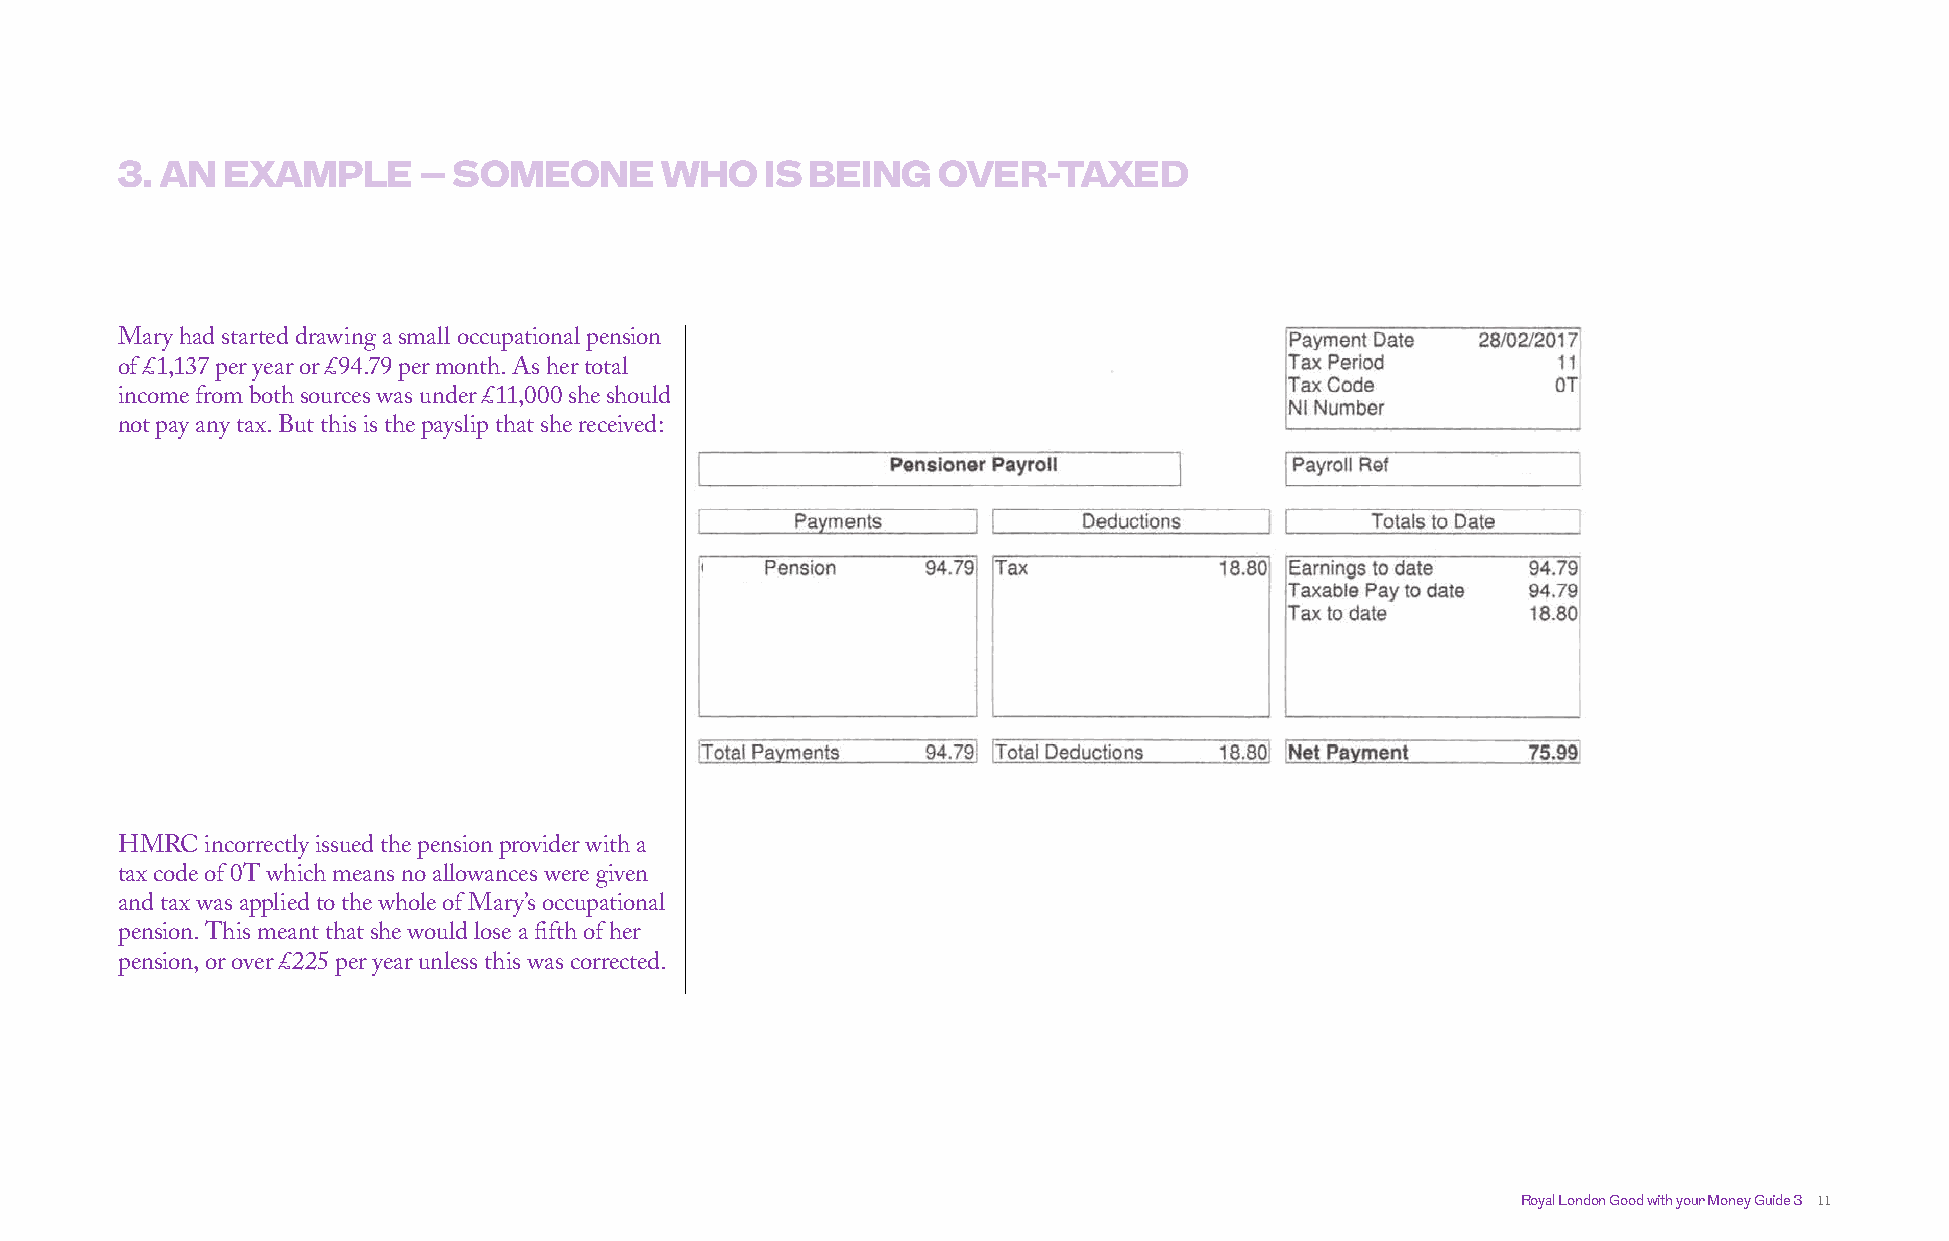
3. AN  EXAMPLE      – SOMEONE       WHO    IS BEING   OVER-TAXED
 Mary had started drawing a small occupational pension
 of £1,137 per year or £94.79 per month. As her total
 income from both sources was under £11,000 she should
 not pay any tax. But this is the payslip that she received:
 HMRC  incorrectly issued the pension provider with a
 tax code of 0T which means no allowances were given
 and tax was applied to the whole of Mary’s occupational
 pension. This meant that she would lose a fifth of her
 pension, or over £225 per year unless this was corrected.
 Royal London Good with your Money Guide 3 11